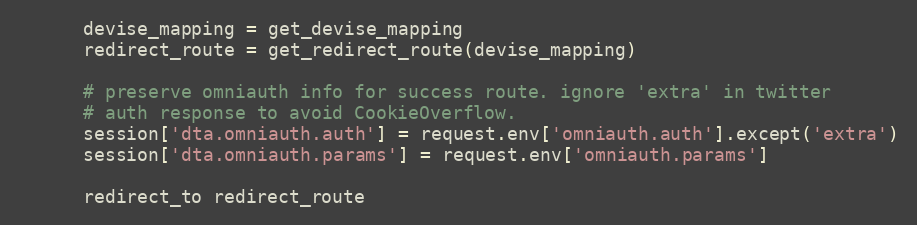
Language: Ruby
      devise_mapping = get_devise_mapping
      redirect_route = get_redirect_route(devise_mapping)

      # preserve omniauth info for success route. ignore 'extra' in twitter
      # auth response to avoid CookieOverflow.
      session['dta.omniauth.auth'] = request.env['omniauth.auth'].except('extra')
      session['dta.omniauth.params'] = request.env['omniauth.params']

      redirect_to redirect_route